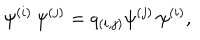
\psi ^ { ( i ) } \, \psi ^ { ( j ) } = q _ { ( i , j ) } \psi ^ { ( j ) } \, \psi ^ { ( i ) } ,